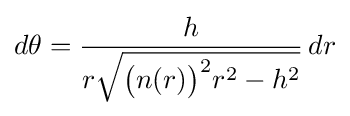
d\theta ={\frac {h}{r{\sqrt {{\big (}n(r){\big )}^{2}r^{2}-h^{2}}}}}\,dr